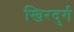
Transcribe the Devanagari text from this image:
खिरदुर्ग